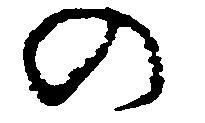
の